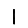
Digit: 1